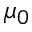
\mu _ { 0 }